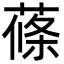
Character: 蓧